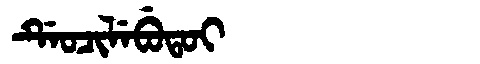
Manchu: ᡩᡝᠣᠴᡳᠯᡝᠪᡠᡨᠣᡳ
Romanization: DEOCILEBUTOI